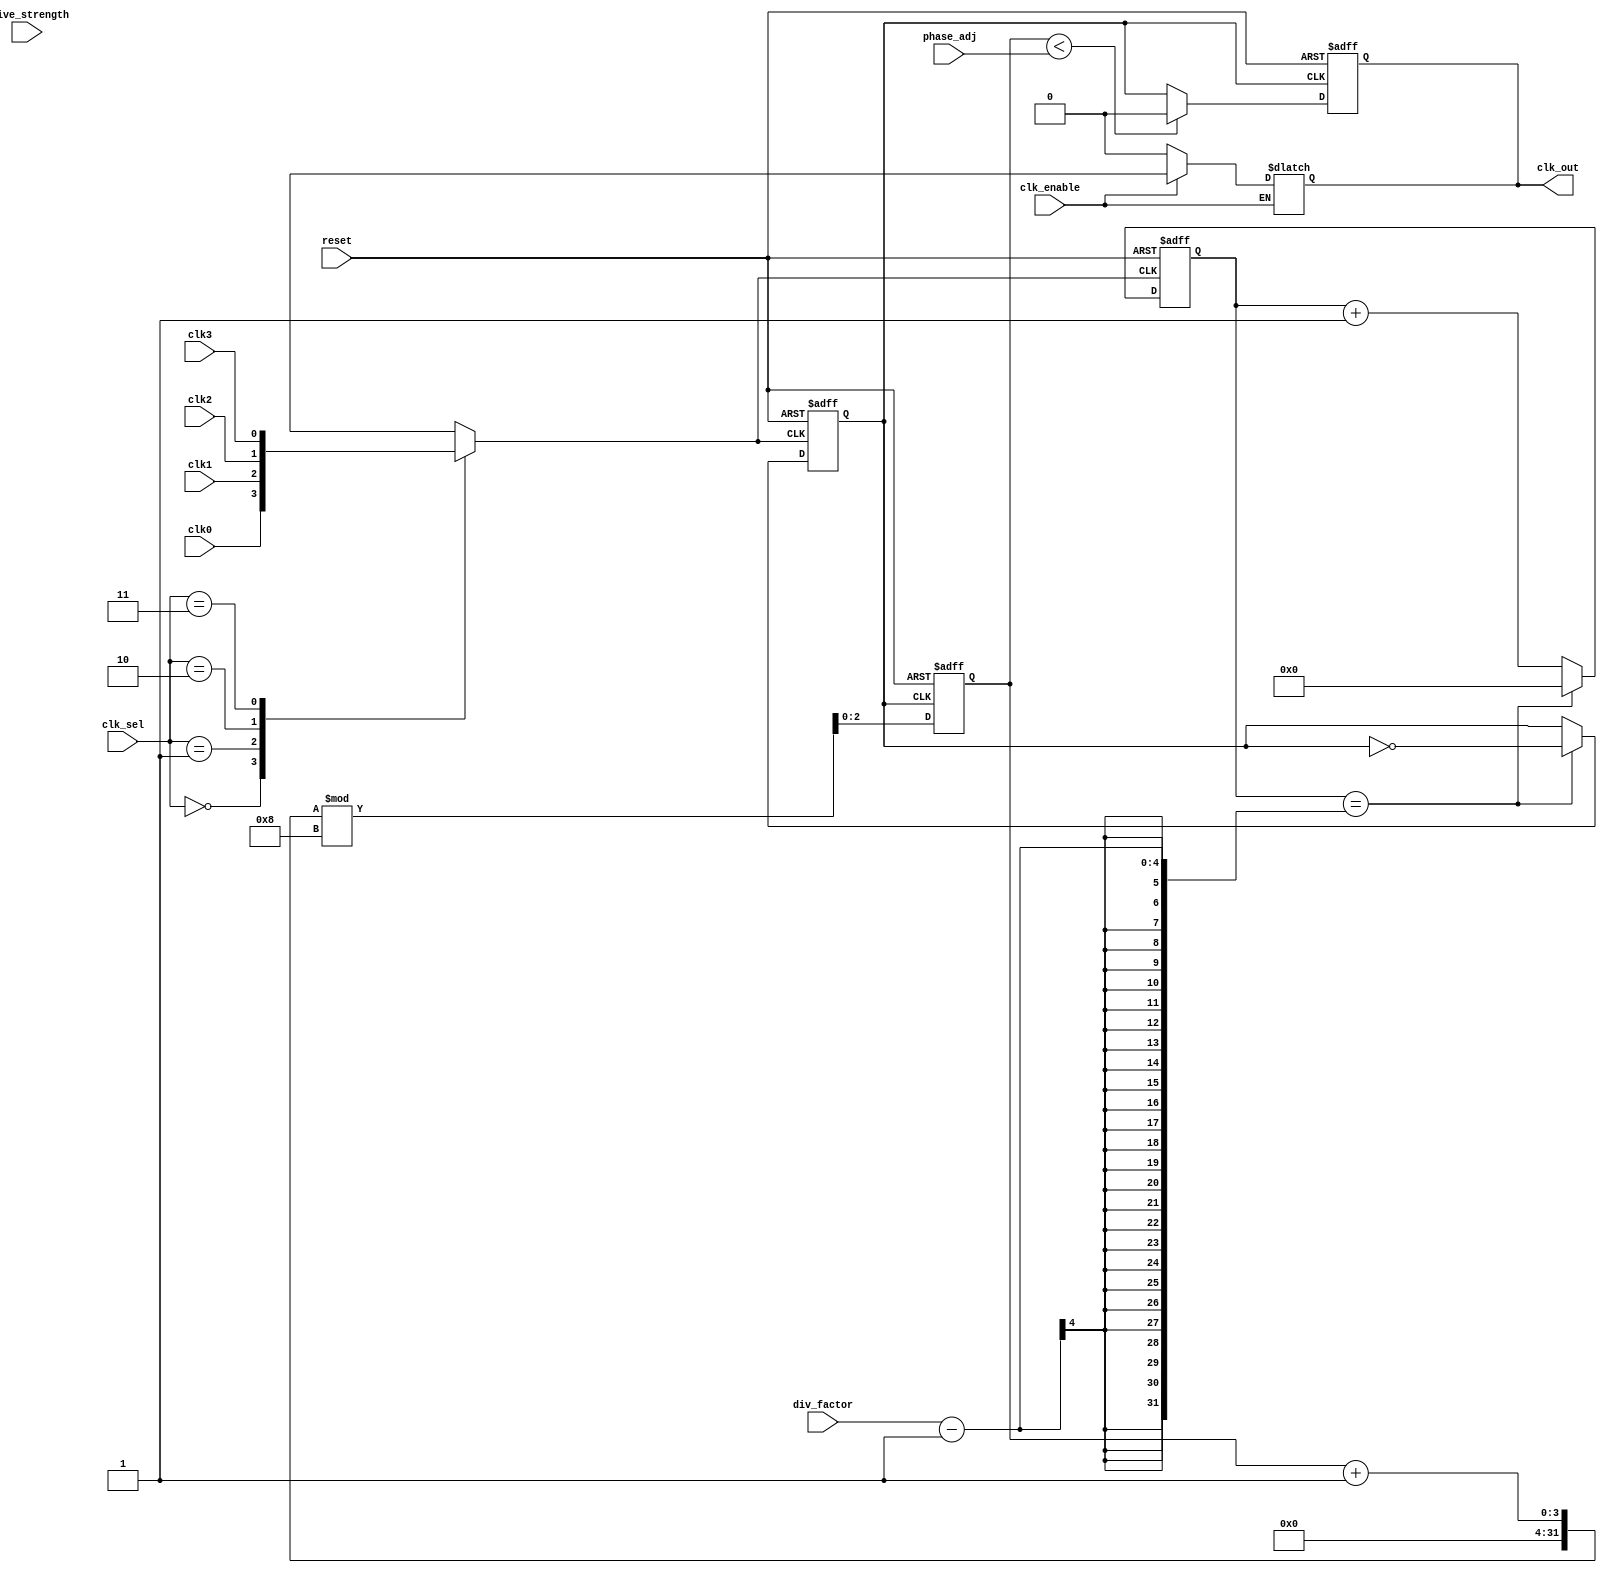
module ProgrammableClockBuffer (
    input wire clk0,          // Clock input 0
    input wire clk1,          // Clock input 1
    input wire clk2,          // Clock input 2
    input wire clk3,          // Clock input 3
    input wire [1:0] clk_sel, // Clock source selection
    input wire [3:0] div_factor, // Frequency division factor (1-16)
    input wire [2:0] phase_adj, // Phase adjustment (0-7)
    input wire drive_strength, // Output drive strength control
    input wire clk_enable,     // Clock gating enable
    input wire reset,          // Reset signal
    output reg clk_out         // Output clock
);

// Internal signals
reg selected_clk;
reg clk_divided;
reg [3:0] divider_count;
reg [2:0] phase_count;

// Select the active clock input based on clk_sel
always @* begin
    case (clk_sel)
        2'b00: selected_clk = clk0;
        2'b01: selected_clk = clk1;
        2'b10: selected_clk = clk2;
        2'b11: selected_clk = clk3;
        default: selected_clk = clk0;
    endcase
end

// Frequency Divider
always @(posedge selected_clk or posedge reset) begin
    if (reset) begin
        divider_count <= 0;
        clk_divided <= 0;
    end else begin
        if (divider_count == (div_factor - 1)) begin
            clk_divided <= ~clk_divided; // Toggle the divided clock
            divider_count <= 0; // Reset counter
        end else begin
            divider_count <= divider_count + 1; // Increment counter
        end
    end
end

// Phase Adjustment Logic
always @(posedge clk_divided or posedge reset) begin
    if (reset) begin
        phase_count <= 0;
        clk_out <= 0;
    end else begin
        // Simple phase adjustment logic based on phase_adj value
        if (phase_count < phase_adj) begin
            clk_out <= 0; // Hold low during phase adjustment
        end else begin
            clk_out <= clk_divided; // Output the divided clock signal
        end
        phase_count <= (phase_count + 1) % 8; // Cycle through phase adjustment
    end
end

// Drive Strength Control and Clock Gating
always @* begin
    if (clk_enable) begin
        if (drive_strength) begin
            // High drive strength output (can be implemented as needed)
            // Example: drive strength can be controlled via additional buffers
            clk_out = clk_out; // Placeholder for high drive strength
        end else begin
            // Low drive strength output (can be implemented as needed)
            clk_out = clk_out; // Placeholder for low drive strength
        end
    end else begin
        clk_out = 1'b0; // Disable clock output when clock gating is active
    end
end

endmodule